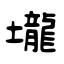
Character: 壠